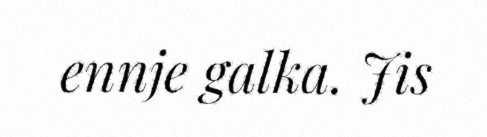
ennje galka. Jis